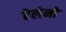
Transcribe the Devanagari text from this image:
रेलेनो